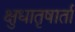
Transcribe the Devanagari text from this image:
क्षुधातृषार्ता